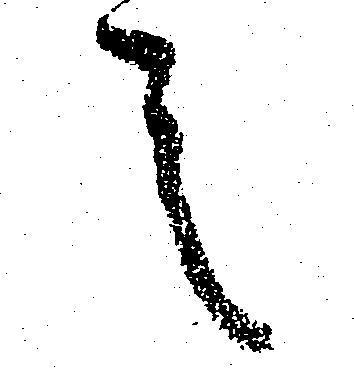
言